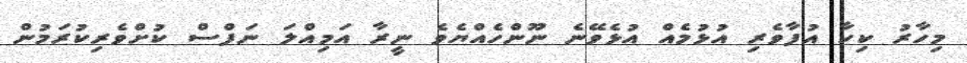
މިހާރު ކިހާ އުފާވެރި އުޅުމެއް އުޅެވޭނެ ނޫންހެއްޔެވެ ނީރާ އަމިއްލަ ނަަފްސް ކުށްވެރިކުރަމުން